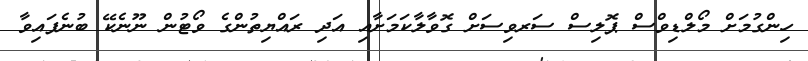
ހިންގުމަށް މޯލްޑިވްސް ޕޮލިސް ސަރވިސަށް ގޮވާލާކަމަށާއި އަދި ރައްޔިތުންގެ ވޯޓުން ނޫނެކޭ ބުނެފައިވާ